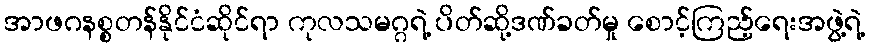
အာဖဂနစ္စတန်နိုင်ငံဆိုင်ရာ ကုလသမဂ္ဂရဲ့ ပိတ်ဆို့ဒဏ်ခတ်မှု စောင့်ကြည့်ရေးအဖွဲ့ရဲ့